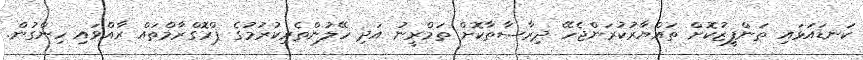
ކަނޑައަޅައި ތަންފީޒުކޮށް ތައްޔާރުކުރަންޖެހޭ ދިރާސާތާކޮށް ތަމްރީނު އަދި ހޭލުންތެރިކުރުމުގެ ޕްރޮގްރާމްތައް ރާއްވައި ހިންގުން.